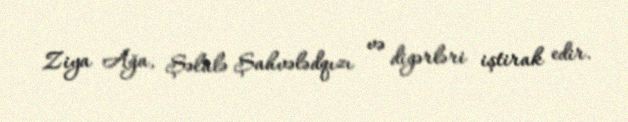
Ziya Ağa, Şəlalə Şahvələdqızı və digərləri iştirak edir.